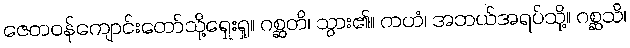
ဇေတဝန်ကျောင်းတော်သို့ရှေးရှု။ ဂစ္ဆတိ၊ သွား၏။ ကဟံ၊ အဘယ်အရပ်သို့။ ဂစ္ဆသိ၊